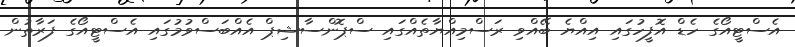
އެސްޓީއޯގެ ހެޑް އޮފީހުގައި އިއްޔެ ބޭއްވި ރަސްމިއްޔާތެއްގައި ސްޕޮންސާޝިޕް އެއްބަސްވުމުގައި އެސްޓީއޯގެ ފަރާތުން